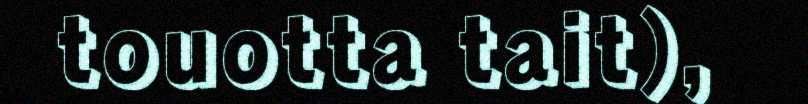
touotta tait),